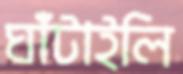
ঘাঁটাইলি